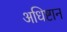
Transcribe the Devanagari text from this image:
अधिष्टान